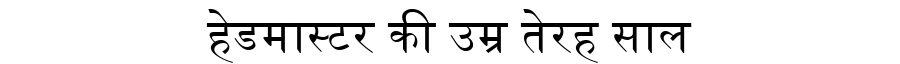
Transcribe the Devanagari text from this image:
हेडमास्टर की उम्र तेरह साल